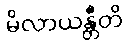
မိလာယန္တီတိ